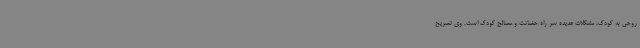
روحی به کودک، مشکلات عدیده سر راه حضانت و مصالح کودک است. وی تصریح